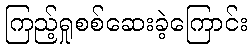
ကြည့်ရှုစစ်ဆေးခဲ့ကြောင်း